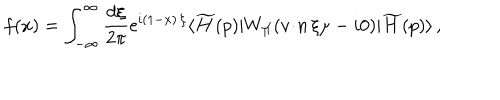
f ( x ) = \int _ { - \infty } ^ { \infty } \frac { d \xi } { 2 \pi } \mathrm { e } ^ { i ( 1 - x ) \, \xi } \langle \widetilde { H } ( p ) | W _ { \scriptstyle \Pi } ( { v \! \cdot \! n } \, \xi \mu - i 0 ) | \widetilde { H } ( p ) \rangle \, ,